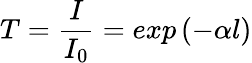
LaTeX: T=\frac{I}{I_{0}}=exp\left(-\alpha l\right)